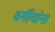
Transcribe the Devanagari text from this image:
वर्गीयांना